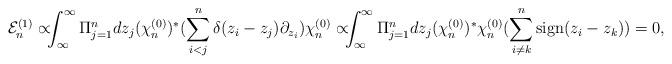
LaTeX: \begin{align*}\!\!\!{\cal E}_n^{(1)} \propto\!\!\!\int_{\infty}^{\infty}\Pi_{j=1}^{n}dz_j (\chi_n^{(0)})^{*}(\sum_{i<j}^{n}\delta(z_i-z_j)\partial_{z_i})\chi_n^{(0)}\propto\!\!\!\int_{\infty}^{\infty}\Pi_{j=1}^{n }dz_j (\chi_n^{(0)})^{*}\chi_n^{(0)}(\sum_{i\neq k}^{n}{\rm sign}(z_i-z_k))=0,\end{align*}